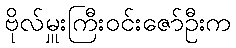
ဗိုလ်မှူးကြီးဝင်းဇော်ဦးက